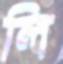
লি